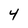
Character: 4